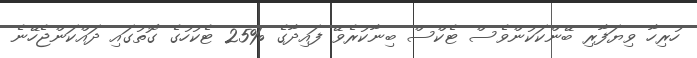
ހުރިހާ ވިޔަފާރި ބޭންކަކުންވެސް ޓެކްސް ބިނާކުރެވޭ ފައިދާގެ %25 ޓެކުހުގެ ގޮތުގައި ދައްކަންޖެހޭނެ